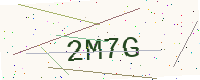
Text: 2M7G